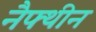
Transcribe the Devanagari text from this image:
नैफ्थीन